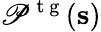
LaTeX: \mathscr{P}^{\mathrm{{~t~g~}}}(\mathbf{{s}})